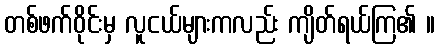
တစ်ဖက်ဝိုင်းမှ လူငယ်များကလည်း ကျိတ်ရယ်ကြ၏ ။